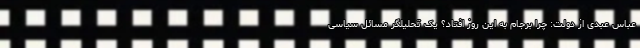
عباس عبدی از دولت: چرا برجام به این روز افتاد؟ یک تحلیلگر مسائل سیاسی